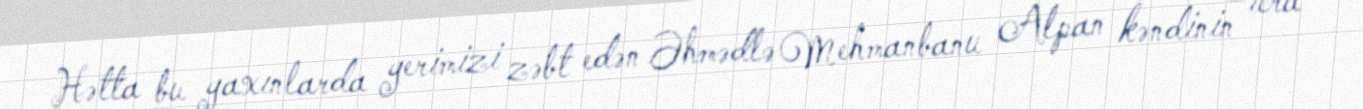
Hətta bu yaxınlarda yerimizi zəbt edən Əhmədlə Mehmanbanu Alpan kəndinin icra